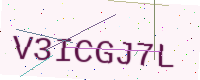
Text: V3ICGJ7L